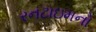
રનટાઇમનો